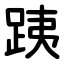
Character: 跠